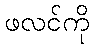
ဖလင်ကို